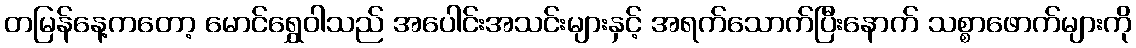
တမြန်နေ့ကတော့ မောင်ရွှေဝါသည် အပေါင်းအသင်းများနှင့် အရက်သောက်ပြီးနောက် သစ္စာဖောက်များကို